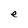
Character: e